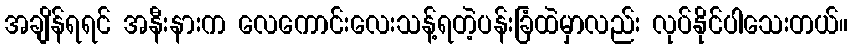
အချိန်ရရင် အနီးနားက လေကောင်းလေးသန့်ရတဲ့ပန်းခြံထဲမှာလည်း လုပ်နိုင်ပါသေးတယ်။